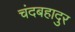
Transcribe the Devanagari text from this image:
चंदबहादुर